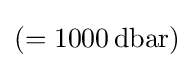
(=1000\,{\text{dbar}})